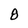
Character: 8